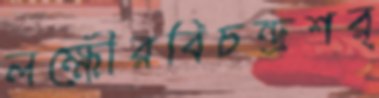
লক্ষৌরবিচন্দ্রশর্